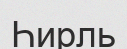
Һирль